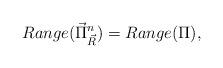
LaTeX: \begin{align*}Range(\vec{\Pi}^n_{\vec R})=Range(\Pi),\end{align*}